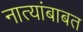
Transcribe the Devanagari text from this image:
नात्यांबाबत